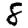
Digit: 8